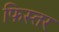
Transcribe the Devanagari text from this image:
फिस्तर